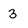
Character: 3